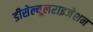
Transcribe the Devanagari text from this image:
डीसेल्यूलराइजेशन